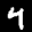
Label: 4